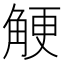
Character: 𧣲